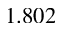
1 . 8 0 2